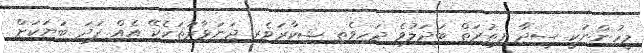
މީހުންނަކީ ސީދާ ފިޠުރަތް ބަދަލުވެ ދަހިވެތި ޝިކާރަވެރި ޖަނަވާރުތަކެކޭ އެއް ފަދަ ބަޔަކަށް